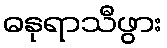
ဓနုရာသီဖွား